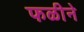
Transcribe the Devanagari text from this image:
फळीने